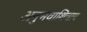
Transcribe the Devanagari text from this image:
अनुभवाशिवाय